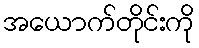
အယောက်တိုင်းကို